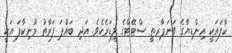
ކާފައަކީ އިންޑިޔާގެ ވަނަޕާރތީ ސްޓޭޓްގެ ލީޑަރެކެވެ. އަދި ބައްޕަ ފަރާތު މުނިކާފަ އަކީ